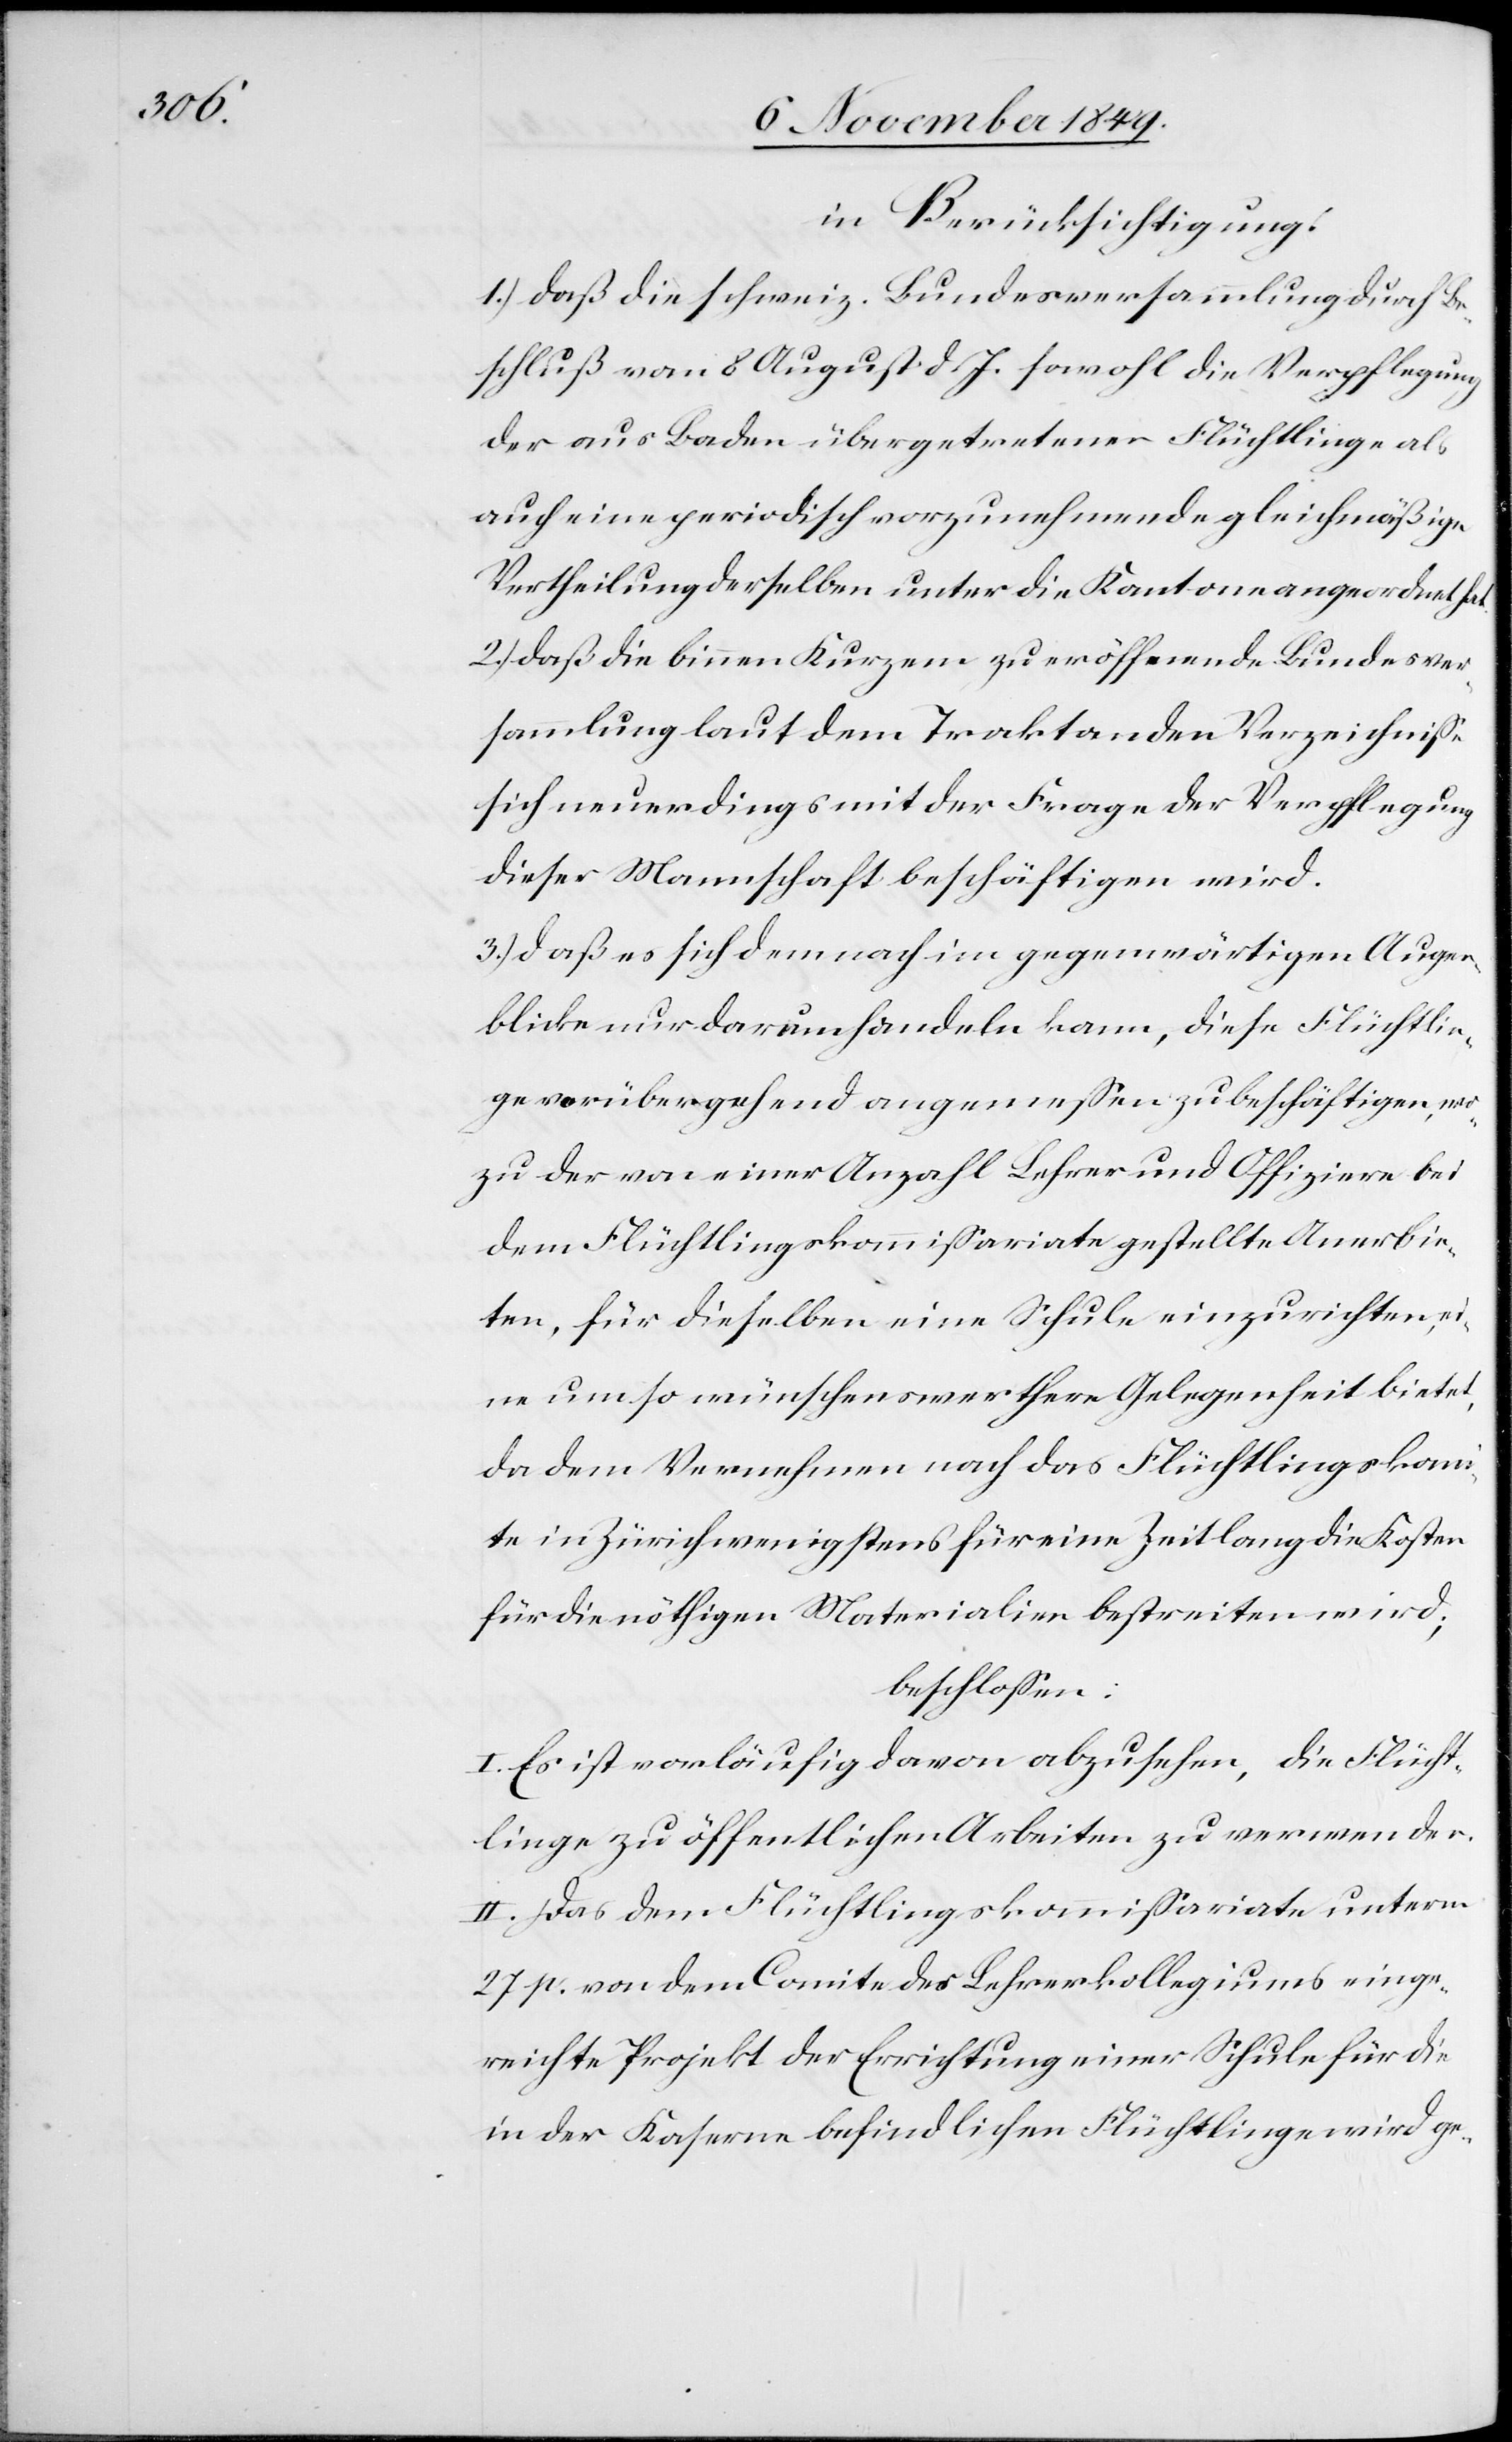
mißaria¬

in Berücksichtigung:
1.) daß die schweiz. Bundesversammlung durch Be¬
schluß vom 8 August d. J. sowohl die Verpflegung
der aus Baden übergetretenen Flüchtlinge als
auch eine periodisch vorzunehmende gleichmäßige
Vertheilung derselben unter die Kantone angeordnet hat.
2.) daß die binnen Kurzem zu eröffnende Bundesver¬
sammlung laut dem Traktanden Verzeichniße
sich neuerdings mit der Frage der Verpflegung
dieser Mannschaft beschäftigen wird.
3.) daß es sich demnach im gegenwärtigen Augen¬
blicke nur darum handeln kann, diese Flüchtlin¬
ge vorübergehend angemeßen zu beschäftigen, wo¬
zu der von einer Anzahl Lehrer und Offiziere bei
dem Flüchtlingskommißariate gestellte Anerbie¬
ten, für dieselben eine Schule einzurichten, ei¬
ne um so wünschenswerthere Gelegenheit bietet,
da dem Vernehmen nach das Flüchtlingskom¬
te in Zürich wenigstens für eine Zeitlang die Kosten
für die nöthigen Materialien bestreiten wird;
beschloßen:
I. Es ist vorläufig davon abzusehen, die Flücht¬
linge zu öffentlichen Arbeiten zu verwenden.
II. Das dem Flüchtlingskommißariate unterm
27 p. von dem Comite des Lehrerkollegiums einge¬
reichte Projekt der Errichtung einer Schule für die
in der Kaserne befindlichen Flüchtlinge wird ge-